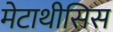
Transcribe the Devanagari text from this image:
मेटाथीसिस